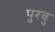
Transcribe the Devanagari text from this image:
पुरवु